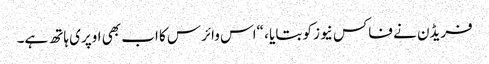
فریڈن نے فاکس نیوز کو بتایا ، “اس وائرس کا اب بھی اوپری ہاتھ ہے۔